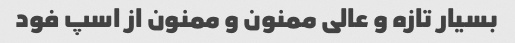
بسیار تازه و عالی ممنون و ممنون از اسپ فود